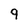
Character: 9